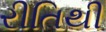
રીતિથી